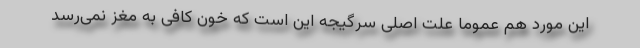
این مورد هم عموما علت اصلی سرگیجه این است که خون کافی به مغز نمی‌رسد